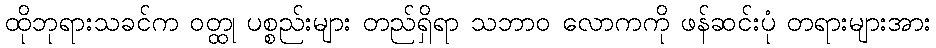
ထိုဘုရားသခင်က ဝတ္ထု ပစ္စည်းများ တည်ရှိရာ သဘာဝ လောကကို ဖန်ဆင်းပုံ တရားများအား